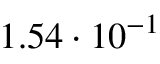
1 . 5 4 \cdot 1 0 ^ { - 1 }